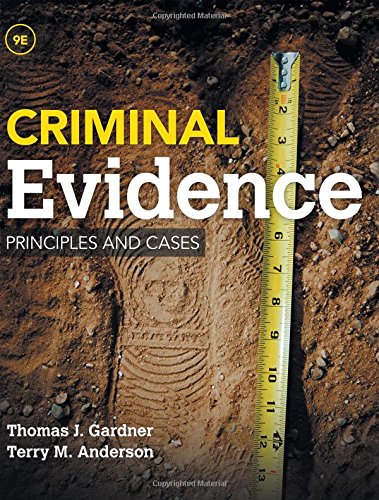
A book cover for Criminal Evidence: Principles and Cases; Thomas J. Gardner; Law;